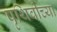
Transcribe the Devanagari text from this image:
पृथिवीच्या